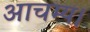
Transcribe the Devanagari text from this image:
आचम्य।